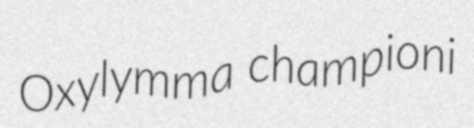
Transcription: Oxylymma championi